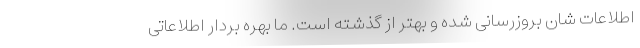
اطلاعات شان بروزرسانی شده و بهتر از گذشته است. ما بهره بردار اطلاعاتی